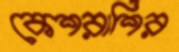
কেশরাশির